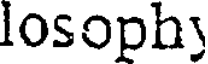
losophy